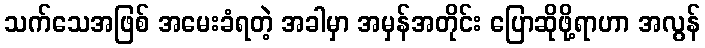
သက်သေအဖြစ် အမေးခံရတဲ့ အခါမှာ အမှန်အတိုင်း ပြောဆိုဖို့ရာဟာ အလွန်